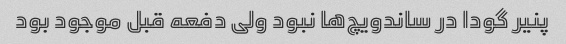
پنیر گودا در ساندویچ‌ها نبود ولی دفعه قبل موجود بود